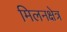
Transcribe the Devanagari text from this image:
मिलनक्षेत्र